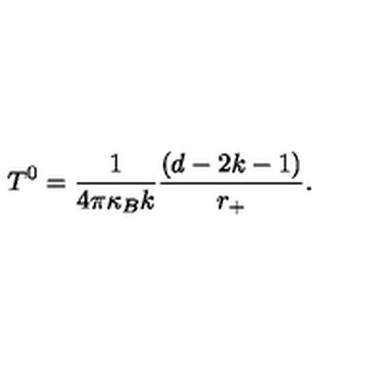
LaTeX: T ^ { 0 } = \frac { 1 } { 4 \pi \kappa _ { B } k } \frac { ( d - 2 k - 1 ) } { r _ { + } } .